Insane asylums in Bengal annual reports 1867-1875 - 1867-1875
Year: 1867
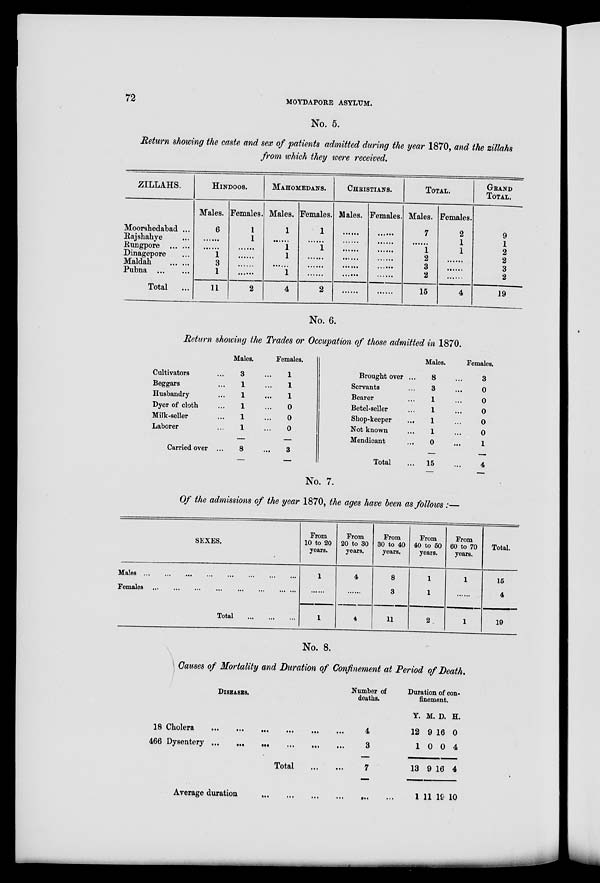
72
MOYDAPORE ASYLUM.
No. 5.
Return showing the caste and sex of patients admitted during the year 1870, and the zillahs
from which they were received.
ZILLAHS.
Moorshedabad ...
Rajshahye ...
Rungpore ... ...
Dinagepore ...
Maldah
...
...
Pubna
...
...
Total
...
HINDOOS.
Males.
6
.......
.......
1
3
1
11
Females.
1
1
.......
.......
.......
.......
2
MAHOMADANS.
Males.
1
.......
1
1
.......
1
4
Females.
1
.......
1
.......
.......
.......
2
CHRISTIANS.
Males.
.......
.......
.......
.......
.......
.......
.......
Females.
.......
.......
.......
.......
.......
.......
.......
TOTAL.
Males.
7
.......
1
2
3
2
15
Females.
2
1
1
.......
.......
.......
4
GRAND
TOTAL.
9
1
2
2
3
2
19
No. 6.
Return showing the Trades or Occupation of those admitted in 1870.
Cultivators ...
Beggars ...
Husbandry ...
Dyer of cloth ...
Milk-seller ...
Laborer ...
Carried over ...
Males.
3 ...
1 ...
1 ...
1 ...
1 ...
1 ...
8
Females.
1
1
1
0
0
0
3
Brought over ...
Servants ...
Bearer ...
Betel-seller ...
Shop-keeper
...
Not known ...
Mendicant ...
Total ...
Males.
8 ...
3 ...
1 ...
1 ...
1 ...
1 ...
0 ...
15 ...
Females.
3
0
0
0
0
0
1
4
No. 7.
Of the admissions of the year 1870, the ages have been as follows:—
SEXES.
Males
...
...
...
...
...
...
...
...
Females
...
...
...
...
...
...
...
...
Total
...
...
...
From
10 to 20
years.
1
......
1
From
20 to 30
years.
4
......
4
From
30 to 40
years.
8
3
11
From
40 to 50
years.
1
1
2
From
60 to 70
years.
1
......
1
Total.
15
4
19
No. 8.
Causes of Mortality and Duration of Confinement at Period of Death.
DISEASES.
18
Cholera
...
...
...
...
...
...
466 Dysentery
...
...
...
...
...
...
Total
...
...
Average duration
...
...
...
...
...
Number of
deaths.
4
3
7
...
...
Duration of con-
finement.
Y.
12
1
13
1
M.
9
0
9
11
D.
16
0
16
19
H.
0
4
4
10